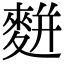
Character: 䴵